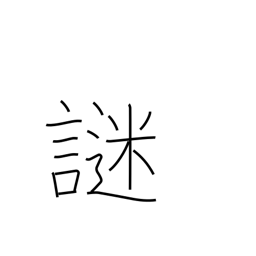
Meaning: riddle